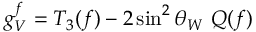
g _ { V } ^ { f } = T _ { 3 } ( f ) - 2 \sin ^ { 2 } \theta _ { W } ~ Q ( f )